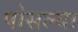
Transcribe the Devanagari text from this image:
पोसल्या